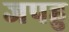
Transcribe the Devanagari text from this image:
जपहु